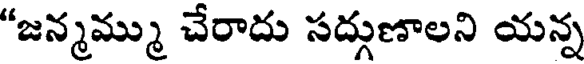
"జన్మమ్ము చేరాదు సద్గుణాలని యన్న